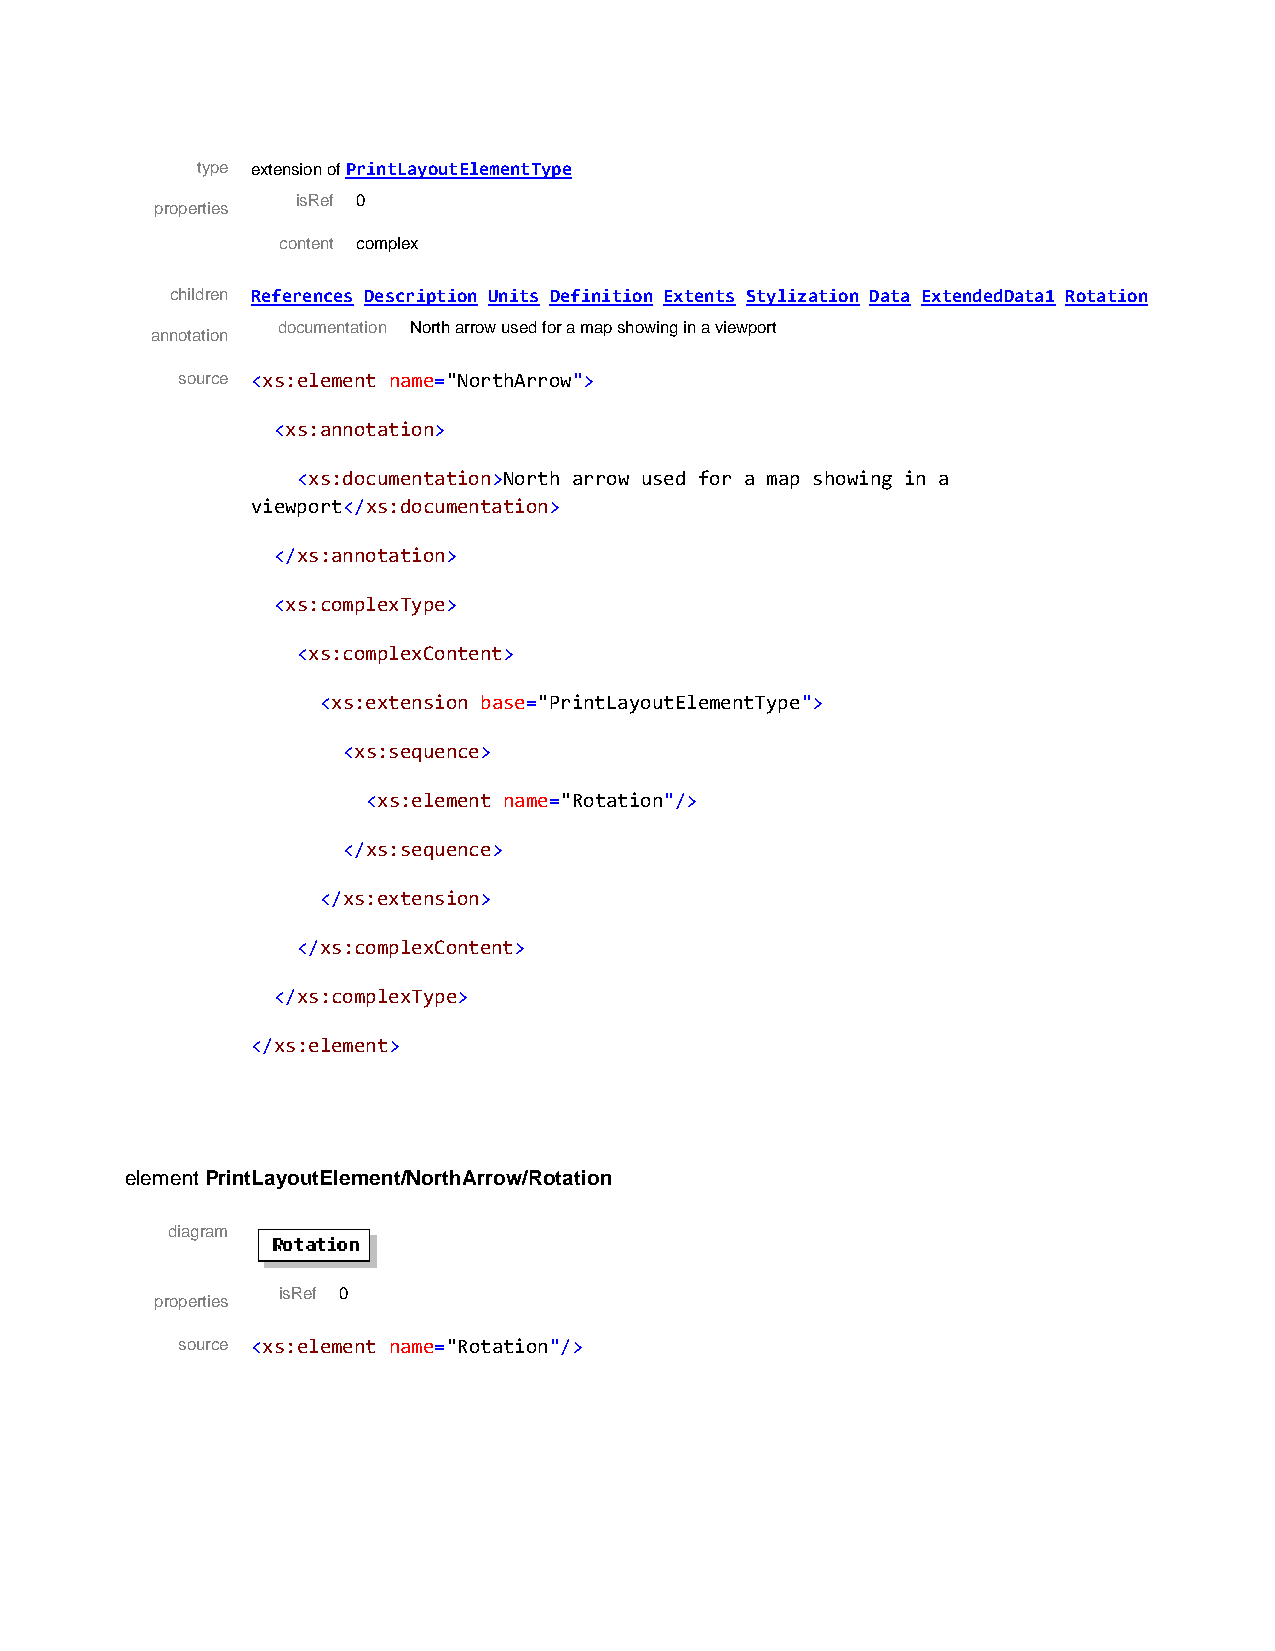
type extension of PrintLayoutElementType
 isRef 0
 properties
 content complex
 children References Description Units Definition Extents Stylization Data ExtendedData1 Rotation
 documentation North arrow used for a map showing in a viewport
 annotation
 source <xs:element name="NorthArrow">
 <xs:annotation>
 <xs:documentation>North arrow used for a map showing in a
 viewport</xs:documentation>
 </xs:annotation>
 <xs:complexType>
 <xs:complexContent>
 <xs:extension base="PrintLayoutElementType">
 <xs:sequence>
 <xs:element name="Rotation"/>
 </xs:sequence>
 </xs:extension>
 </xs:complexContent>
 </xs:complexType>
 </xs:element>
 element PrintLayoutElement/NorthArrow/Rotation
 diagram
 isRef 0
 properties
 source <xs:element name="Rotation"/>